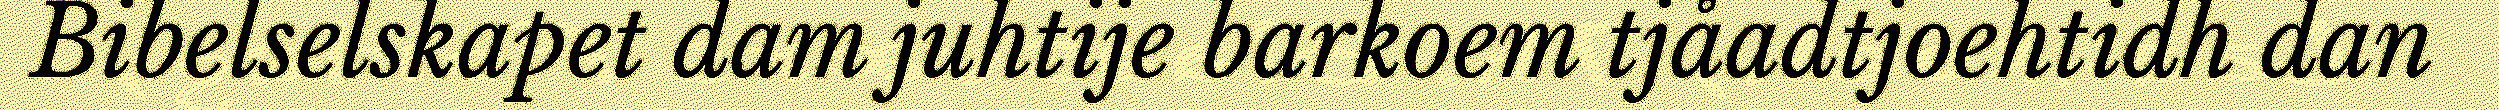
Bibelselskapet dam juhtije barkoem tjåadtjoehtidh dan